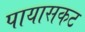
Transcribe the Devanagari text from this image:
पायासकट